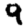
Digit: 9